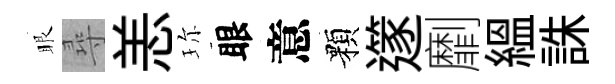
眼尋恙珎眼意顆𨗹劘緼誅